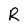
Character: R